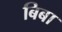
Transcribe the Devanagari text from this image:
बिबा